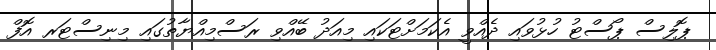
ޕޮލިސް ޕޯސްޓު ހުޅުވައި ދެއްވީ އެކަމަށްޓަކައި މިއަދު ބޭއްވި ރަސްމިއްޔާތުގައި މިނިސްޓަރ އޮފް